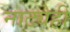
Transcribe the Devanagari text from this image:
नाट्येही